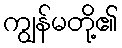
ကျွန်မတို့၏